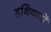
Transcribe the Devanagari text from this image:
हथियारोँ